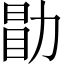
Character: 勖